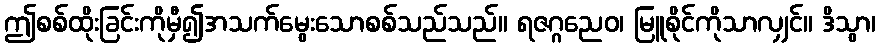
ဤစစ်ထိုးခြင်းကိုမှီ၍အသက်မွေးသောစစ်သည်သည်။ ရဇဂ္ဂညေဝ၊ မြူစိုင်ကိုသာလျှင်။ ဒိသွာ၊